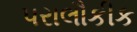
પરાલૌકીક